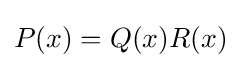
P(x)=Q(x)R(x)